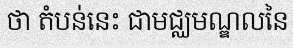
ថា តំបន់នេះ ជាមជ្ឈមណ្ឌលនៃ